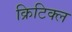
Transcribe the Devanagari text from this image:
क्रिटिक्ल